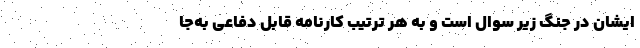
ایشان در جنگ زیر سوال است و به هر ترتیب کارنامه قابل دفاعی به‌جا